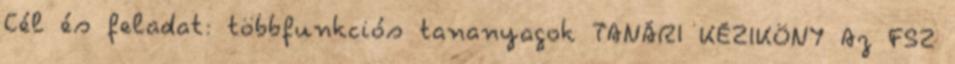
Cél és feladat: többfunkciós tananyagok TANÁRI KÉZIKÖNY Az FSZ